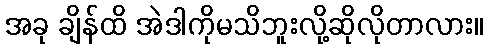
အခု ချိန်ထိ အဲဒါကိုမသိဘူးလို့ဆိုလိုတာလား။